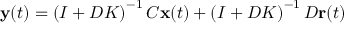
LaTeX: \mathbf { y } ( t ) = \left( I + D K \right) ^ { - 1 } C \mathbf { x } ( t ) + \left( I + D K \right) ^ { - 1 } D \mathbf { r } ( t )